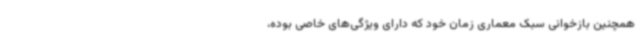
همچنین بازخوانی سبک معماری زمان خود که دارای ویژگی‌های خاصی بوده،